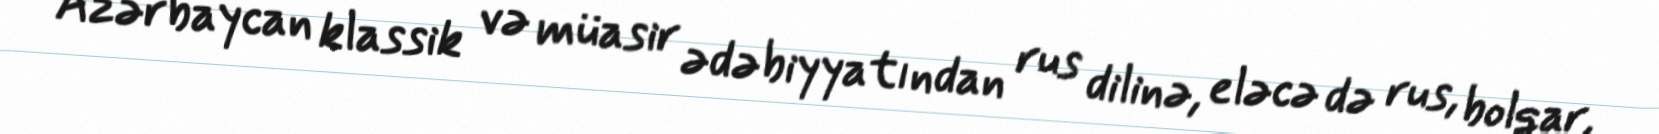
Azərbaycan klassik və müasir ədəbiyyatından rus dilinə, eləcə də rus, bolqar,